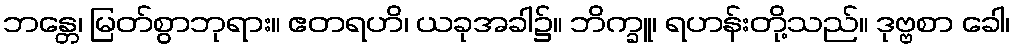
ဘန္တေ၊ မြတ်စွာဘုရား။ ဧတရဟိ၊ ယခုအခါ၌။ ဘိက္ခူ၊ ရဟန်းတို့သည်။ ဒုဗ္ဗစာ ခေါ၊